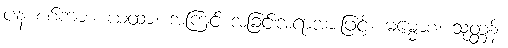
ပန စစ်ကား။ ယထာ၊ အကြင် အခြင်းအရာအားဖြင့်။ ဓမ္မောစ၊ သုတ္တန်